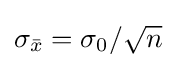
{\textstyle \sigma _{\bar {x}}=\sigma _{0}/{\sqrt {n}}}